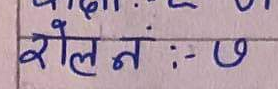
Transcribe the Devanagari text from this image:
रोलन :- ७